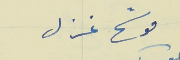
موشح غزل